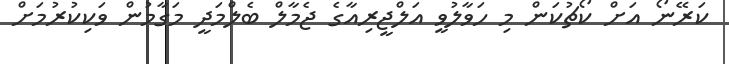
ކަރޭނޯ އަށް ކޯޗުކަން މި ހަވާލުވީ އަލްޖީރިއާގެ ޖެމާލް ބެލްމަދީ މަގާމުން ވަކިކުރުމަށް